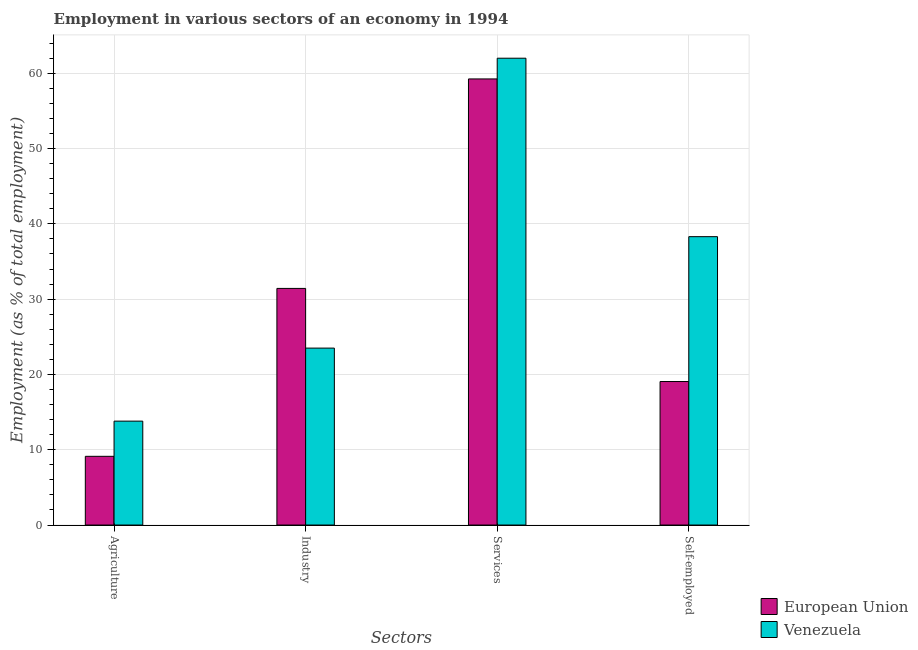
| Sectors | European Union | Venezuela |
 | --- | --- | --- |
 | Agriculture | 9.13 | 13.8 |
 | Industry | 31.4 | 23.5 |
 | Services | 59.2 | 62 |
 | Self-employed | 19.1 | 38.3 |